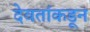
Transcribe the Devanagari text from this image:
देवतांकडून